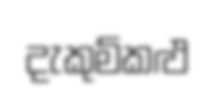
දැකුම්කළු